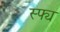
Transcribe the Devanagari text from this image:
स्फ्य